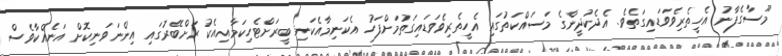
މޫސާގެފާނު އެހީތެރިވެވަޑައިގަތެވެ. އެދެކުދީންގެ މަސައްކަތުގައި އެހީތެރިވެވަޑައިގަތުމަށްފަހު އެކަނިމާއެކަނި ބީރަށްޓެހިކަމާއިއެކު ރަށްބޭރުގައި އިންނަވަނިކޮށް އަނެއްކާވެސް